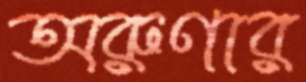
অরুণার